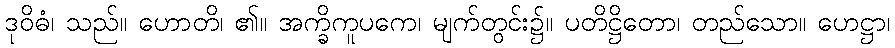
ဒုဝိဓံ၊ သည်။ ဟောတိ၊ ၏။ အက္ခိကူပကေ၊ မျက်တွင်း၌။ ပတိဋ္ဌိတော၊ တည်သော။ ဟေဋ္ဌာ၊